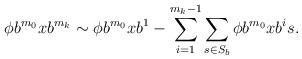
LaTeX: \begin{align*}\phi b^{m_0}xb^{m_k}\sim\phi b^{m_0}xb^{1}-\sum_{i=1}^{m_k-1}\sum_{s\in S_b}\phi b^{m_0}xb^is.\end{align*}